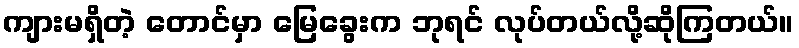
ကျားမရှိတဲ့ တောင်မှာ မြေခွေးက ဘုရင် လုပ်တယ်လို့ဆိုကြတယ်။